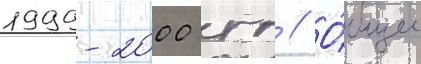
1999-2000 гг // О́бщее